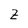
Character: Z